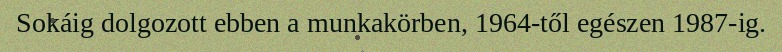
Sokáig dolgozott ebben a munkakörben, 1964-től egészen 1987-ig.